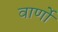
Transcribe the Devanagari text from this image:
वार्णो